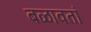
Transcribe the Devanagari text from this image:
बळावतां